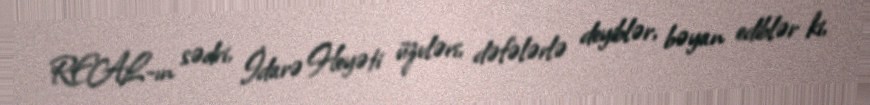
REAL-ın sədri, İdarə Heyəti üzvləri, dəfələrlə deyiblər, bəyan ediblər ki,